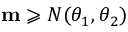
\mathbf { m } \geqslant N ( \theta _ { 1 } , \theta _ { 2 } )